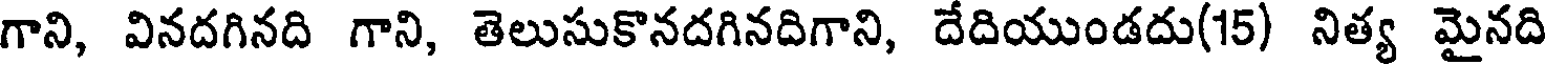
గాని, వినదగినది గాని, తెలుసుకొనదగినదిగాని, దేదియుండదు(15) నిత్య మైనది